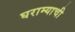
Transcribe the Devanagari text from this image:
घराम्याची